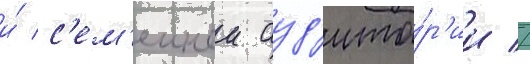
и́ с'ем'еинои ауд'ито́р'ии //